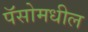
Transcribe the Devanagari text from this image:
पॅसोमधील